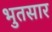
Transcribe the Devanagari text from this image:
भुतसार